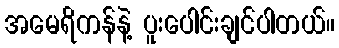
အမေရိကန်နဲ့ ပူးပေါင်းချင်ပါတယ်။